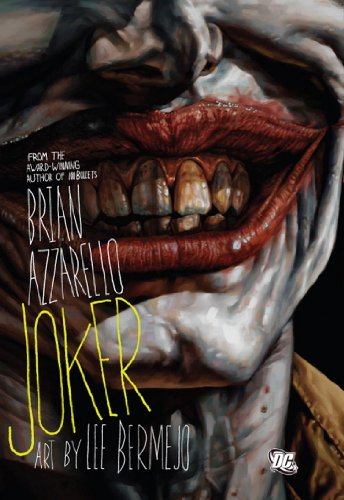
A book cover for The Joker; Brian Azzarello; Comics & Graphic Novels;